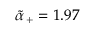
\tilde { \alpha } _ { \, + } = 1 . 9 7